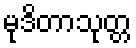
မုဒိတာသုတ္တ